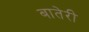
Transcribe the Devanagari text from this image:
बातेरी